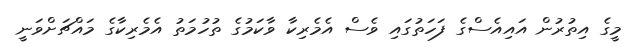
މީގެ އިތުރުން އައިއެސްގެ ފަހަތުގައި ވެސް އެމެރިކާ ވާކަމުގެ ތުހުމަތު އެމެރިކާގެ މައްޗަށްވަނީ